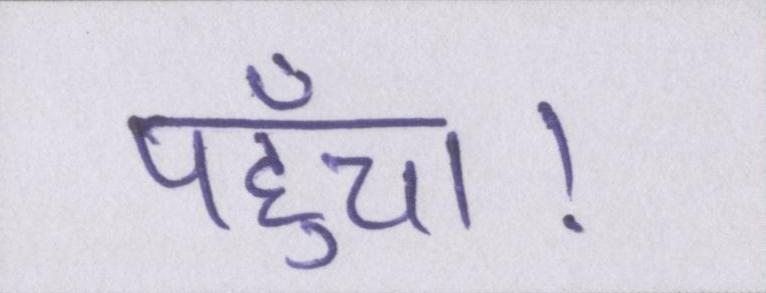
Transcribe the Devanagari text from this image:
पहुँचा।